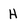
Character: H